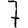
Digit: 7